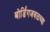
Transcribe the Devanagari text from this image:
बोर्डिंगजवळच्या